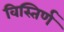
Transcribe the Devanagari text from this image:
विस्तिर्ण